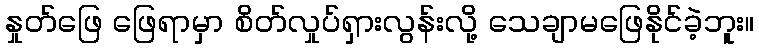
နှုတ်ဖြေ ဖြေရာမှာ စိတ်လှုပ်ရှားလွန်းလို့ သေချာမဖြေနိုင်ခဲ့ဘူး။